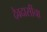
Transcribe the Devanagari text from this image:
देवदासींचा